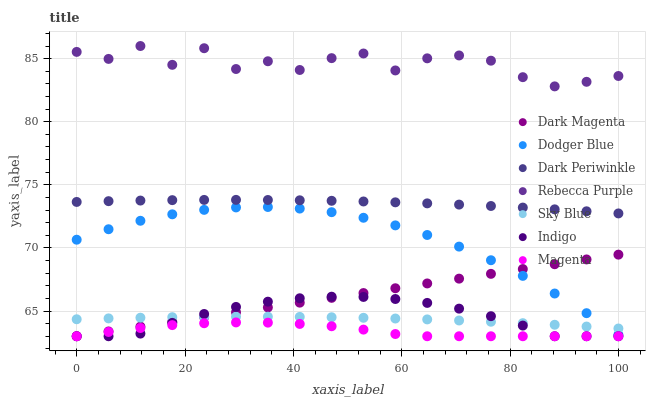
| xaxis_label | Dark Magenta | Dodger Blue | Dark Periwinkle | Rebecca Purple | Sky Blue | Indigo | Magenta |
 | --- | --- | --- | --- | --- | --- | --- | --- |
 | 0 | 63 | 70.7 | 73.6 | 85.5 | 64.3 | 63 | 63 |
 | 5.88 | 63.4 | 71.5 | 73.7 | 85 | 64.4 | 63 | 63.3 |
 | 11.8 | 63.8 | 72.2 | 73.8 | 86 | 64.5 | 63.2 | 63.7 |
 | 17.6 | 64.1 | 72.7 | 73.8 | 84.5 | 64.5 | 64.1 | 63.9 |
 | 23.5 | 64.5 | 73 | 73.8 | 85.8 | 64.5 | 64.8 | 64 |
 | 29.4 | 64.9 | 73.2 | 73.8 | 84.2 | 64.6 | 65.3 | 64.1 |
 | 35.3 | 65.3 | 73.2 | 73.8 | 84.8 | 64.5 | 65.7 | 64.1 |
 | 41.2 | 65.7 | 73.1 | 73.8 | 84.1 | 64.5 | 66 | 64 |
 | 47.1 | 66 | 72.8 | 73.7 | 85 | 64.5 | 66.1 | 63.8 |
 | 52.9 | 66.4 | 72.4 | 73.7 | 85.4 | 64.5 | 66.1 | 63.5 |
 | 58.8 | 66.8 | 71.8 | 73.6 | 84.1 | 64.4 | 66 | 63.2 |
 | 64.7 | 67.2 | 71 | 73.5 | 85 | 64.3 | 65.6 | 63 |
 | 70.6 | 67.6 | 70.1 | 73.4 | 85.3 | 64.2 | 65.2 | 63 |
 | 76.5 | 67.9 | 69 | 73.3 | 84.8 | 64.2 | 64.6 | 63 |
 | 82.4 | 68.3 | 67.8 | 73.2 | 83.5 | 64 | 63.8 | 63 |
 | 88.2 | 68.7 | 66.4 | 73.1 | 82.8 | 63.9 | 63 | 63 |
 | 94.1 | 69.1 | 64.8 | 72.9 | 83.2 | 63.8 | 63 | 63 |
 | 100 | 69.5 | 63.1 | 72.7 | 83.6 | 63.6 | 63 | 63 |